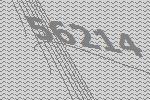
56214